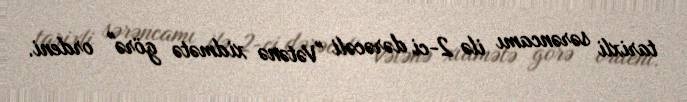
tarixli sərəncamı ilə 2-ci dərəcəli "Vətənə xidmətə görə" ordeni.